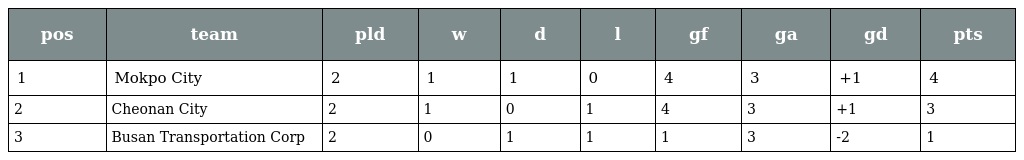
| pos | team | pld | w | d | l | gf | ga | gd | pts |
 | --- | --- | --- | --- | --- | --- | --- | --- | --- | --- |
 | 1 | Mokpo City | 2 | 1 | 1 | 0 | 4 | 3 | +1 | 4 |
 | 2 | Cheonan City | 2 | 1 | 0 | 1 | 4 | 3 | +1 | 3 |
 | 3 | Busan Transportation Corp | 2 | 0 | 1 | 1 | 1 | 3 | -2 | 1 |